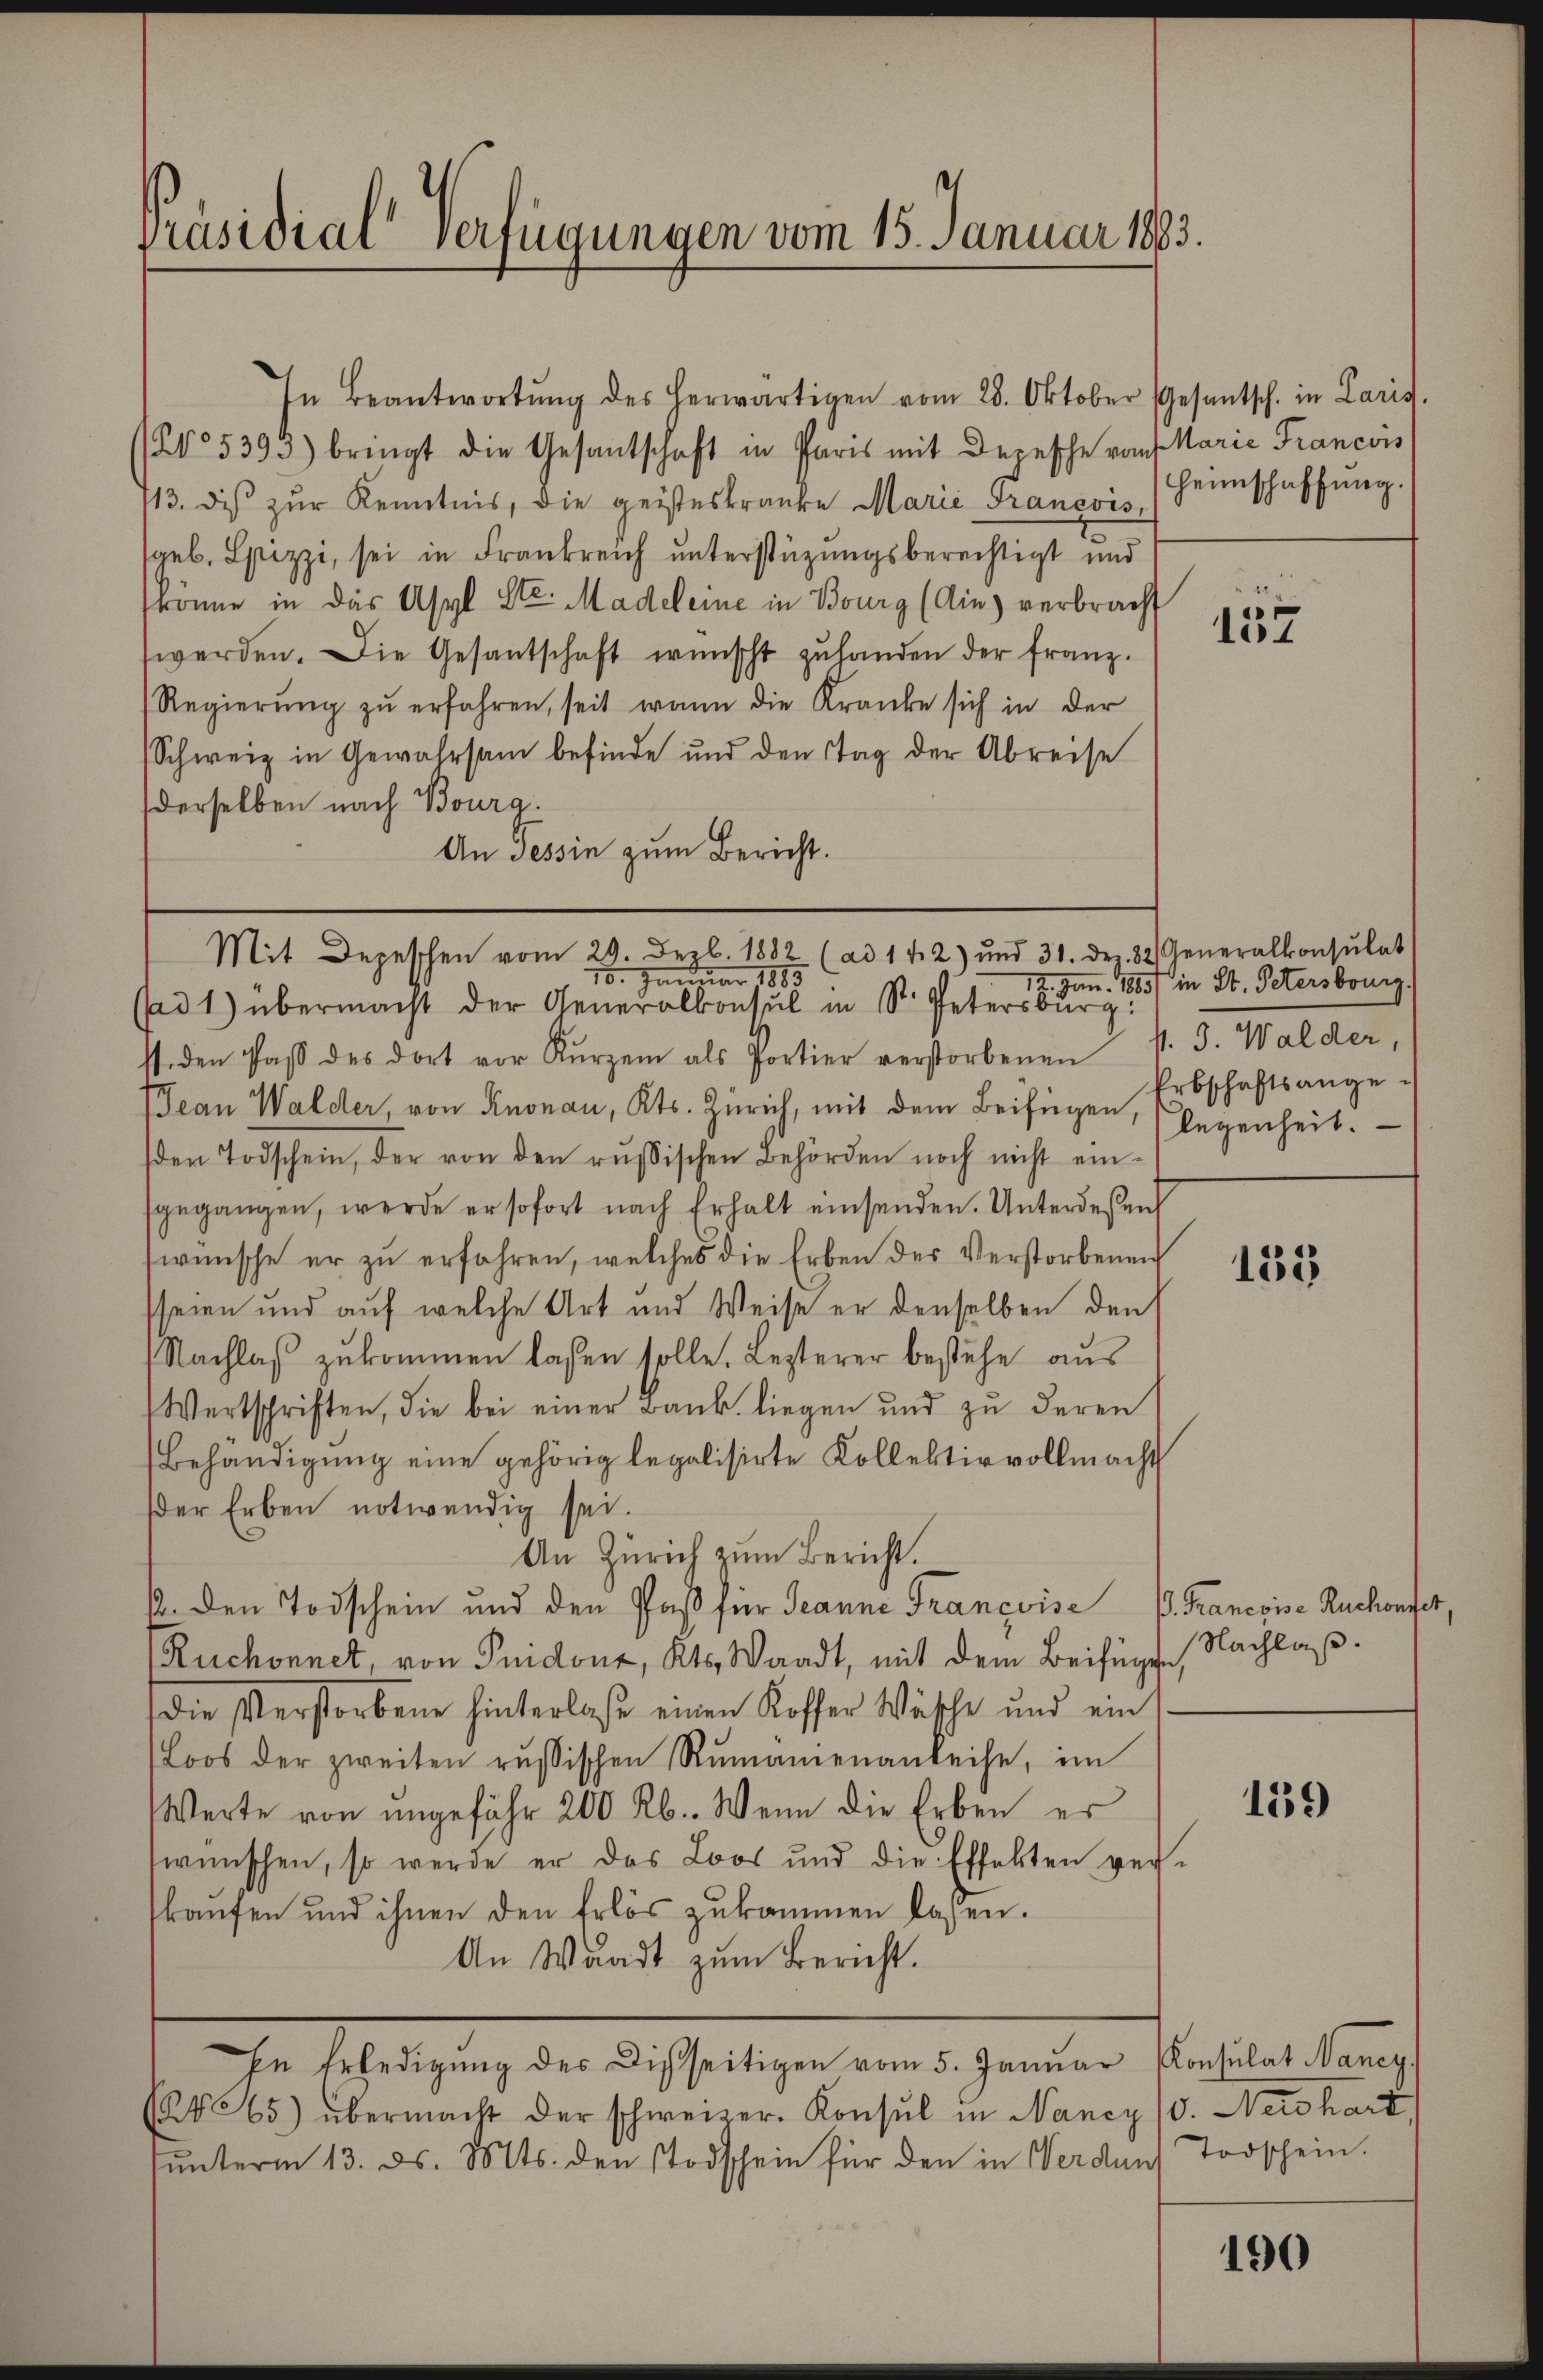
Präsidial verfügungen vom 15. Januar 1883.

In Beantwortŭng des herwärtigen vom 28. Oktober Gesantsch. in Paris.
N° 5393) bringt die Gesantschaft in Paris mit Depesche vom Marie Francois
713. dis zŭr Kenntnis, die geisteskranke Marie Francois,
sgeb. Spizzi, sei in Frankreich unterstüzungsberechtigt und
könne in das Asyl Ste. Madeleine in Bourg (Ain) verbracht
werden. Die Gesantschaft wünscht zuhanden der Franz.
Regierŭng zŭ erfahren, seit wann die Kranke sich in der
Schweiz in Gewahrsam befinde und den Tag der Abreise
derselben nach Bourg.
An Tessin zum Bericht.

15. Januar 1885
(ad1) übermacht der Generalkonsul in Str. Petersburg:
ssiden Paβ des dort vor Kurzem als Portier verstorbenen
Jean Walder, von Knonau, Kts. Zürich, mit dem Beifügen, legenheit.
den Todschein, der von den russischen Behörden noch nicht einsgegangen, werde er sofort nach Erhalt einsenden. Unterdeßen
wünsche er zu erfahren, welches die Erben des Verstorbenen
seien und auf welche Art und Weise er denselben den
Nachlaβ zŭkommen lassen solle. Lezterer bestehe aus
Wertschriften, die bei einer Bank liegen und zu deren
Behändigung eine gehörig legalisirte Kollektiv vollmacht
der Erben notwendig sei.
An Zürich zum Bericht.
12. den Todschein und den Paß für Jeanne Françoise P. Francoise Ruchonyer
Ruchonnet, von Guidonr, Kts. Waadt, mit dem Beifügen, Nachlaß.
(die Verstorbene hinterlaße einen Koffer Wäsche und ein
Loos der zweiten russischen Rŭmanienanleihe, im
Werte von ungefähr 200 Rb. Wenn die Erben er
wünschen, so werde er das Loos und die Effekten ver-
kaŭfen und ihnen den Erlös zŭkommen laßen.
An Waadt zum Bericht.
In Erledigung des Disseitigen vom 5. Januar Konsulat Nancy
465) übermacht der schweizer. Konsul in Nancy (v. Neidhart,
ŭnterm 13. ds. Mts. den Todschein für den in Verdanf Torschein.

Mit Depeschen vom 29. Dez. 1882 (ad 142) und 31. Dez. 82. Generalkonsŭlat

Heimschaffung.

22
137

12. Jan. 1885) in St. Petersburg.
p. 3. Walder,
Erbschaftsange¬

155

139

190